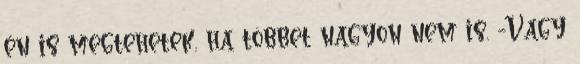
én is megtehetek, ha többet nagyon nem is. -Vagy